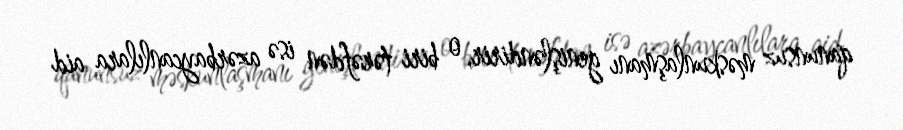
qanunsuz məskunlaşmanı genişləndirir, o biri tərəfdən isə azərbaycanlılara aid